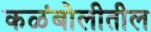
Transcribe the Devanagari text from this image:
कळंबोलीतील